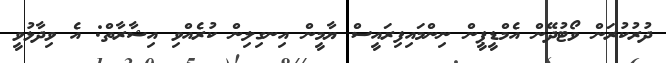
ދުރުކުރަން ވޯޓުދޭން އެމްޑީޕީން ނިންމައިފިރައީސް ޔާމީން އިނގިލިން ކުރެއްވި އިޝާރާތް: އެ ވިދާޅުވީ